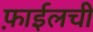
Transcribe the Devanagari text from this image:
फ़ाईलची